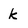
Character: k